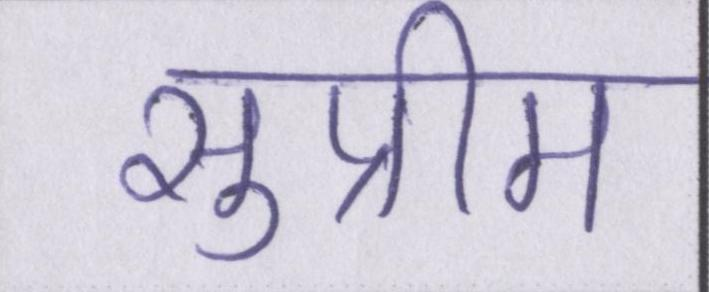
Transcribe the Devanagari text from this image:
सुप्रीम